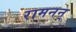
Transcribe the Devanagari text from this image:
रामनन्‌